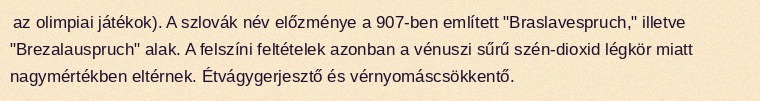
az olimpiai játékok). A szlovák név előzménye a 907-ben említett "Braslavespruch," illetve "Brezalauspruch" alak. A felszíni feltételek azonban a vénuszi sűrű szén-dioxid légkör miatt nagymértékben eltérnek. Étvágygerjesztő és vérnyomáscsökkentő.